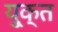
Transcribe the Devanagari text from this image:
यु्क्त